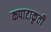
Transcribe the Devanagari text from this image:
कपाटाकृती